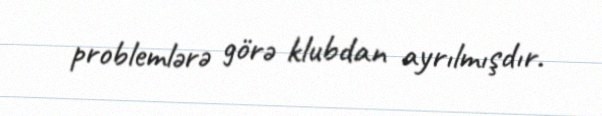
problemlərə görə klubdan ayrılmışdır.